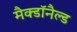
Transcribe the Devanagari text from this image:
मैक्डॉनैल्ड